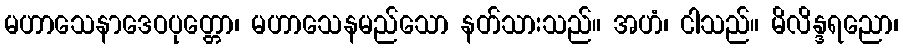
မဟာသေနာဒေဝပုတ္တော၊ မဟာသေနမည်သော နတ်သားသည်။ အဟံ၊ ငါသည်။ မိလိန္ဒရညော၊